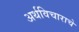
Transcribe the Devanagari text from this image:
अर्थविचाराचे